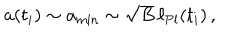
a ( t _ { i } ) \sim a _ { \mathrm { m i n } } \sim \sqrt { B } \, \ell _ { \mathrm { P l } } ( t _ { i } ) \, ,